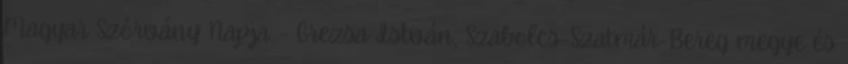
Magyar Szórvány Napja – Grezsa István, Szabolcs-Szatmár-Bereg megye és